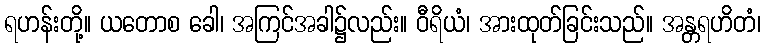
ရဟန်းတို့။ ယတောစ ခေါ၊ အကြင်အခါ၌လည်း။ ဝီရိယံ၊ အားထုတ်ခြင်းသည်။ အန္တရဟိတံ၊